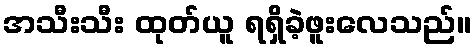
အသီးသီး ထုတ်ယူ ရရှိခဲ့ဖူးလေသည်။